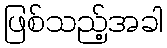
ဖြစ်သည့်အခါ